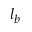
l _ { b }